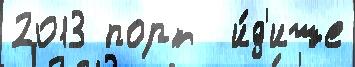
2013 порт  и́д'ише